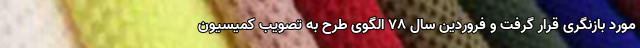
مورد بازنگری قرار گرفت و فروردین سال ۷۸ الگوی طرح به تصویب کمیسیون